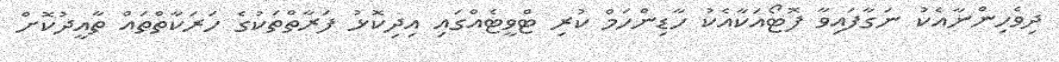
ދިވެހިންނާއެކު ނަގާފައިވާ ފޮޓޯއަކާއެކު ހާޑިންހަމް ކުރި ޓްވީޓެއްގައި އިދިކޮޅު ފަރާތްތަކުގެ ހަރަކާތްތައް ތާއީދުކޮށް